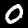
Label: 0